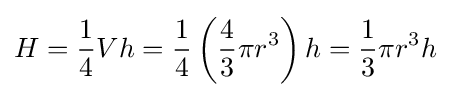
H={\frac {1}{4}}Vh={\frac {1}{4}}\left({\frac {4}{3}}\pi r^{3}\right)h={\frac {1}{3}}\pi r^{3}h